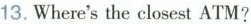
13.Where'sthe closest ATM?